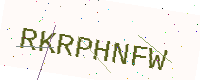
Text: RKRPHNFW